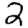
Digit: 2